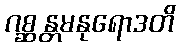
ဂစ္ဆန္တမနုရောဒတိ